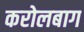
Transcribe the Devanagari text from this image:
करोलबाग